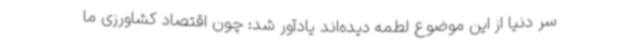
سر دنیا از این موضوع لطمه دیده‌اند یادآور شد: چون اقتصاد کشاورزی ما